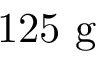
\mathrm { 1 2 5 ~ g }